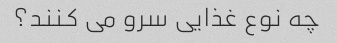
چه نوع غذایی سرو می کنند؟